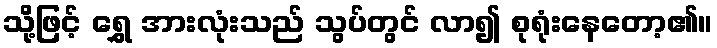
သို့ဖြင့် ရွှေ အားလုံးသည် သွပ်တွင် လာ၍ စုရုံးနေတော့၏။